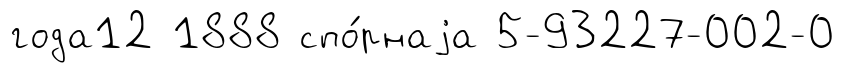
года12 1888 спо́рнаjа 5-93227-002-0